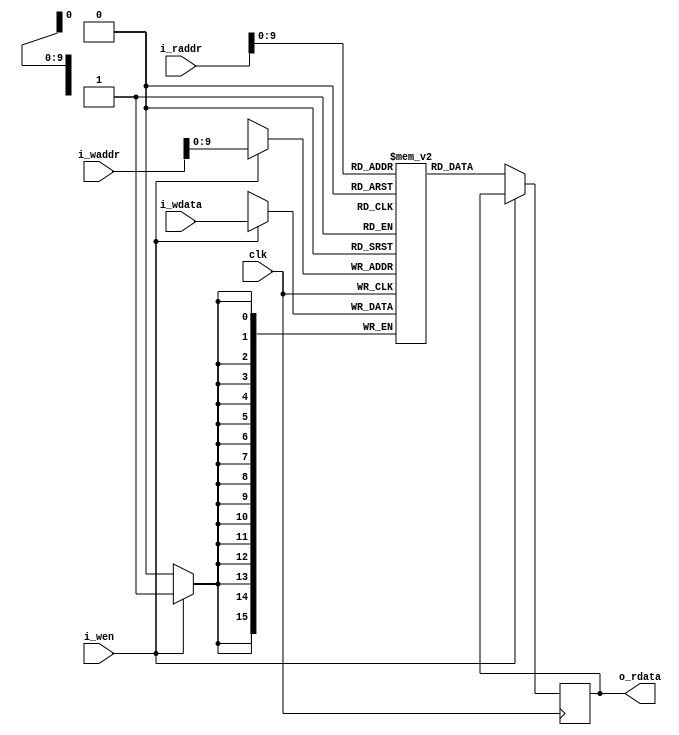
/* */

module sram
  (
   input             clk,
   input             i_wen,//write_enable
   input [19:0]       i_waddr, i_raddr,//
   input [15:0]      i_wdata,//
   output reg [15:0] o_rdata//
   /*AUTOARG*/);

  reg [15:0]           mem[799:0];

  always@(posedge clk)
    if (i_wen) mem[i_waddr] <= i_wdata;
  
  always@(posedge clk)
    if (!i_wen) o_rdata <= mem[i_raddr];

  
endmodule // sram


// Local Variables:
// mode: verilog
// coding: utf-8
// indent-tabs-mode: nil
// verilog-indent-level-module: 2
// verilog-indent-level: 2
// verilog-indent-level-behavioral: 2
// verilog-indent-level-declaration: 2
// End: